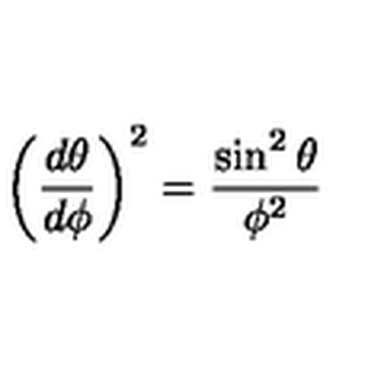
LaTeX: \left( { \frac { d \theta } { d \phi } } \right) ^ { 2 } = { \frac { \sin ^ { 2 } \theta } { \phi ^ { 2 } } }